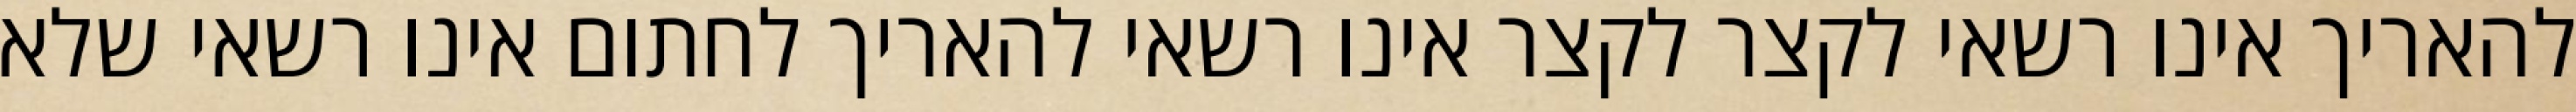
להאריך אינו רשאי לקצר לקצר אינו רשאי להאריך לחתום אינו רשאי שלא